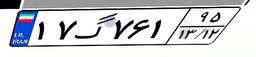
۱۷گ۷۶۱۹۵